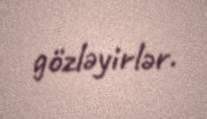
gözləyirlər.